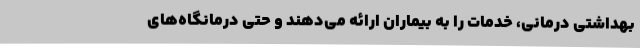
بهداشتی درمانی، خدمات را به بیماران ارائه می‌دهند و حتی درمانگاه‌های